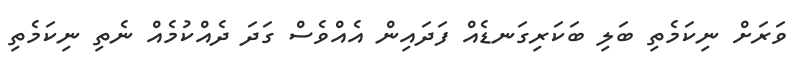
ވަރަށް ނިކަމެތި ބަލި ބަކަރިގަނޑެއް ފަދައިން އެއްވެސް ގަދަ ދެއްކުމެއް ނެތި ނިކަމެތި